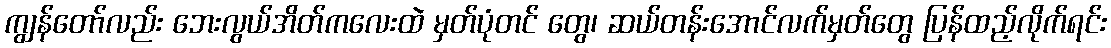
ကျွန်တော်လည်း ဘေးလွယ်အိတ်ကလေးထဲ မှတ်ပုံတင် တွေ၊ ဆယ်တန်းအောင်လက်မှတ်တွေ ပြန်ထည့်လိုက်ရင်း